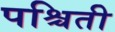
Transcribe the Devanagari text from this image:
पश्चिती